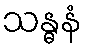
သန္ဓနံ